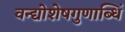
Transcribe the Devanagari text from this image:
वन्द्योशेषगुणाब्धिं